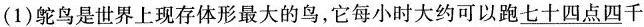
(1)鸵鸟是世界上现存体形最大的鸟，它每小时大约可以跑 \underline{七十四点四}千